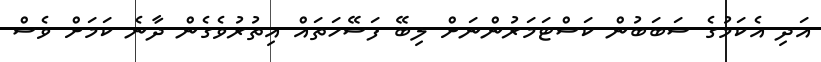
އަދި އެކަމުގެ ސަބަބުން ކަސްޓަމަރުންނަށް ލިބޭ ފަސޭހަތައް އިތުރުވެގެން ދާނެ ކަމަށް ވެސް